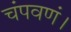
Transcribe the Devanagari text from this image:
चंपवणं।